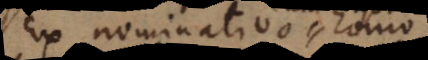
Ex nominativo homo